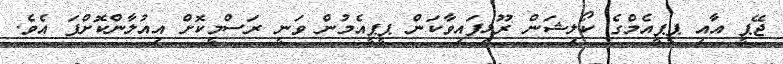
ޖޭޕީ އާއި ޕީޕީއެމްގެ ކޯލިޝަން ރޫޅިފައިވާކަން ޕީޕީއެމުން ވަނީ ރަސްމީކޮށް އިއުލާންކޮށްފަ އެވެ.